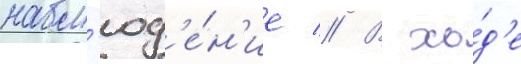
набл'юд'е́н'ие // В хо́д'е